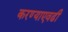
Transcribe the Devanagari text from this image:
करण्याएवढी